Indian journal of veterinary science and animal husbandry - Volume 8,
Year: 1938
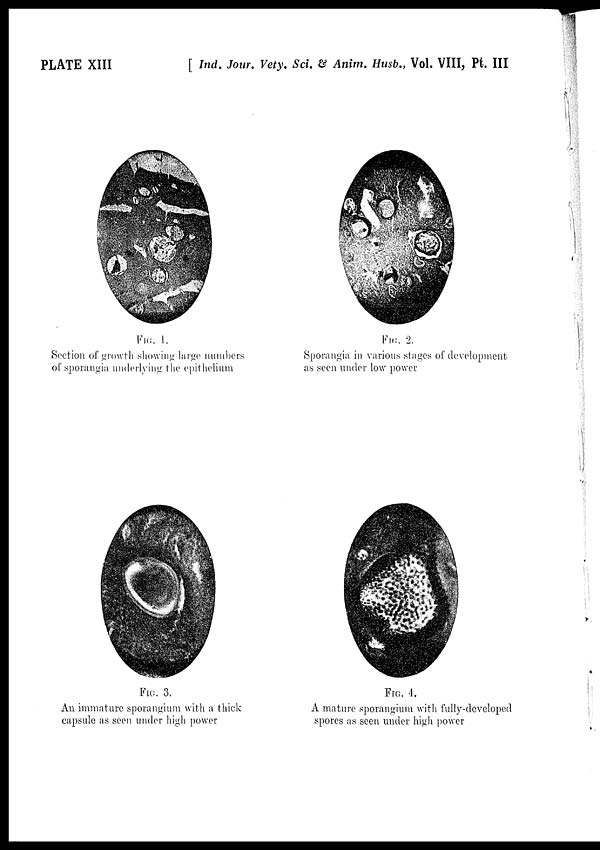
PLATE XIII
[ Ind. Jour. Vety. Sci. & Anim. Husb., Vol. VIII, Pt. III
FIG. 1.
Section of growth showing large numbers
of sporangia underlying the epithelium
FIG. 2.
Sporangia in various stages of development
as seen under low power
FIG. 3.
An immature sporangium with a thick
capsule as seen under high power
FIG. 4.
A mature sporangium with fully-developed
spores as seen under high power